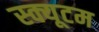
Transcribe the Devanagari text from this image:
स्क्यूटम